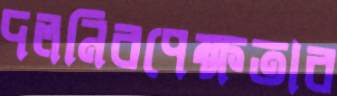
দলনিরপেক্ষতার